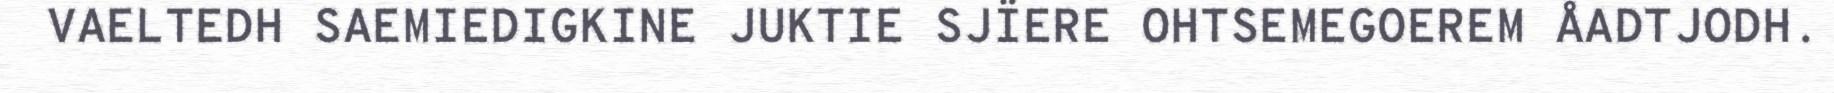
VAELTEDH SAEMIEDIGKINE JUKTIE SJÏERE OHTSEMEGOEREM ÅADTJODH.